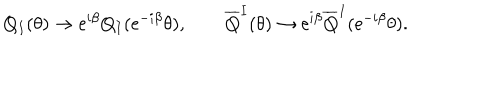
Q _ { I } ( \theta ) \rightarrow \mathrm { e } ^ { i \beta } Q _ { I } ( \mathrm { e } ^ { - i \beta } \theta ) , \qquad { \overline { { Q } } } ^ { I } ( \theta ) \rightarrow \mathrm { e } ^ { i \beta } { \overline { { Q } } } ^ { I } ( \mathrm { e } ^ { - i \beta } \theta ) .